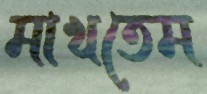
মাখতেম